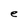
Character: e